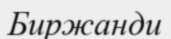
Биржанди